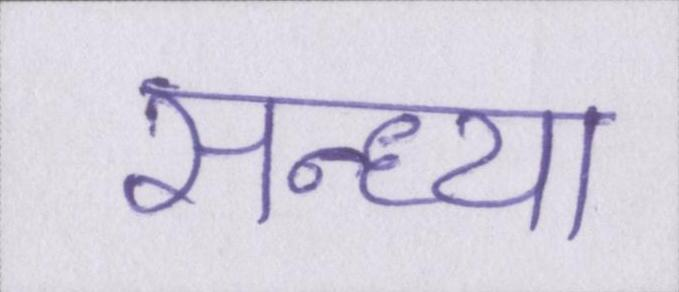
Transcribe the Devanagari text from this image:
सन्ध्या